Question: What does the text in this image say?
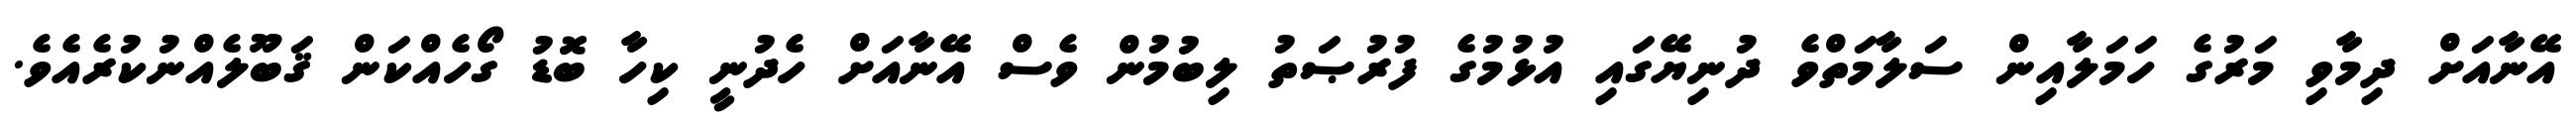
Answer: އޭނާއަށް ދިމާވި މަރުގެ ހަމަލާއިން ސަލާމަތްވެ ދުނިޔޭގައި އުޅުމުގެ ފުރުޞަތު ލިބުމުން ވެސް އޭނާއަށް ހެދުނީ ކިހާ ބޮޑު ގޯހެއްކަން ޤަބޫލެއްނުކުރެއެވެ.